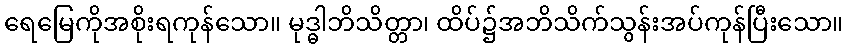
ရေမြေကိုအစိုးရကုန်သော။ မုဒ္ဓါဘိသိတ္တာ၊ ထိပ်၌အဘိသိက်သွန်းအပ်ကုန်ပြီးသော။